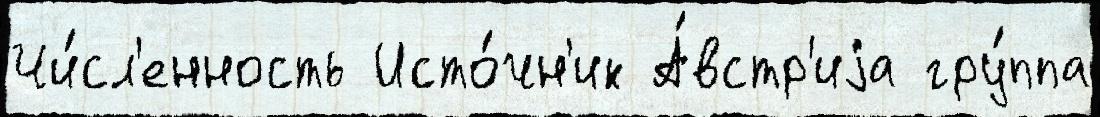
Чи́сл'енность Исто́чн'ик А́встр'иjа гру́ппа